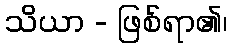
သိယာ - ဖြစ်ရာ၏၊